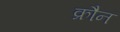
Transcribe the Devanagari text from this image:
क्रौन